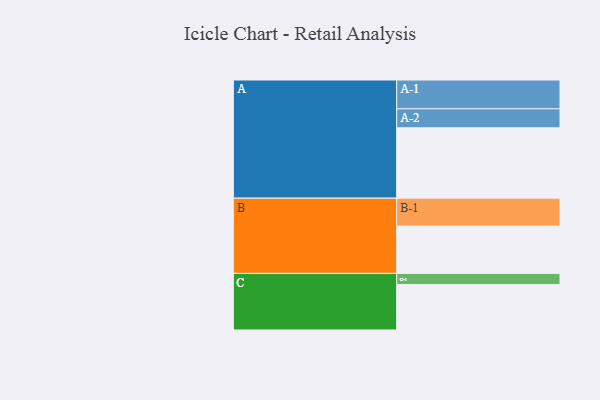
{"axis": {"x": "Segment", "y": "Value"}, "legend": ["", "A", "B", "C"], "data": [{"x": "A", "y": 582, "type": ""}, {"x": "B", "y": 391, "type": ""}, {"x": "C", "y": 376, "type": ""}, {"x": "A-1", "y": 238, "type": "A"}, {"x": "A-2", "y": 157, "type": "A"}, {"x": "B-1", "y": 231, "type": "B"}, {"x": "C-1", "y": 92, "type": "C"}]}